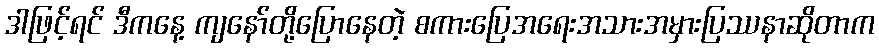
ဒါဖြင့်ရင် ဒီကနေ့ ကျနော်တို့ပြောနေတဲ့ စကားပြေအရေးအသားအမှားပြဿနာဆိုတာက